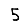
Digit: 5